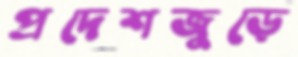
প্রদেশজুড়ে